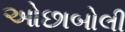
ઓછાબોલી